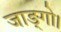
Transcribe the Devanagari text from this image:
जाङ्गो।